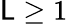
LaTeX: \mathsf{L}\ge1